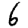
Digit: 6